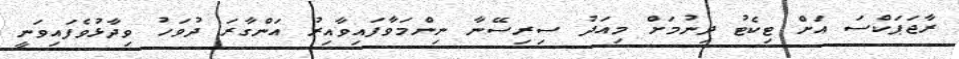
ރާޖަޕަކްސަ އަށް ޓިކެޓު ދިނުމަށް މިއަދު ސިރިސޭނާ ނިންމަވާފައިވާއިރު އަންގާރަ ދުވަހު ވިދާޅުވެފައިވަނީ